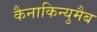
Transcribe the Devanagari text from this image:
कैनाकिन्युमैब